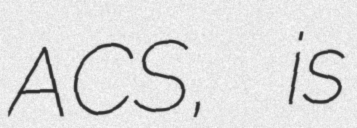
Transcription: ACS, is